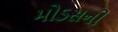
મોડસની